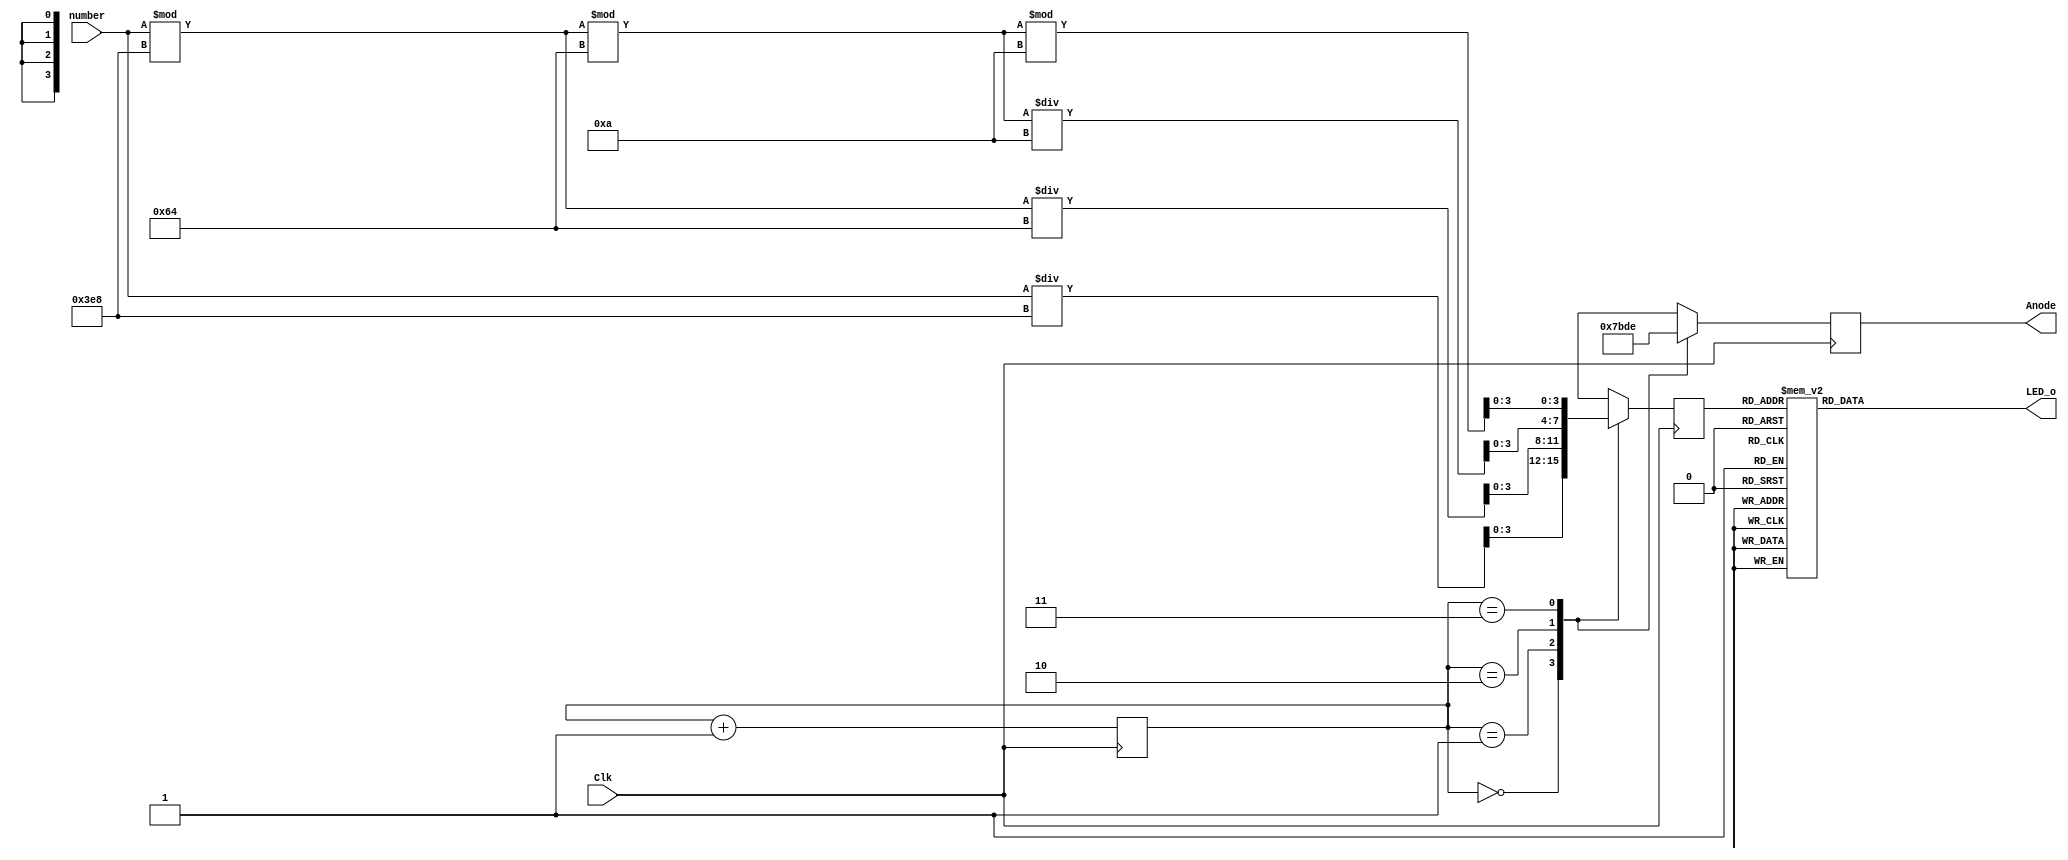
`timescale 1ns / 1ps
/*
Takes a clock signal to set the refresh rate, and a 4 digit decimal number to display
*/

module display_controller(
    input Clk,                  // Refresh Rate Clock signal
    input wire [12:0] number,   // Number to be displayed 
    output reg [3:0] Anode,     // The selection wires which turn on each of the digits on the 7SD in turn for refreshing
    output reg [6:0] LED_o      // The actual wires containing the information to be displayed on each digit of the 7SD
    );
    
    reg [1:0] LED_sel = 2'b00;  // LED Digit selection variable
    reg [3:0] LED_BCD = 0;      // bit coded digit. Holds the bit code for the number to be displayed at a specific digit
    
//    integer numbdisp;
    
    // On each clock pulse the selected display digit is changed from leftmost to rightmose
    // When the digit is changed we need to change the value that will be displayed 
    always @(posedge Clk)
    begin
        LED_sel <= LED_sel + 2'b01;
        
//        numbdisp = number;
        
        case (LED_sel)
        2'b00:begin
            Anode <= 4'b0111; // Selects leftmost digit on 7SD
            LED_BCD <= number/1000; // Isolates leftmost number in 4 digit number passed to the controller
            end
        2'b01:begin
            Anode <= 4'b1011; // Selects digit second from the left on 7SD
            LED_BCD <= (number % 1000)/100; // Isolates number second from the left in 4 digit number passed to the controller
            end
        2'b10:begin
            Anode <= 4'b1101; // Selects digit second from the right on 7SD
            LED_BCD <= ((number % 1000)%100)/10; // Isolates number second from the right in 4 digit number passed to the controller
            end
        2'b11:begin
            Anode <= 4'b1110; // Selects rightmost digit on 7SD
            LED_BCD <= ((number % 1000)%100)%10; // Isolates rightmost number in 4 digit number passed to the controller
            end
        default:begin
            Anode <= 4'b0111; // If there is a hardware error set the leftmost digit to 0 
            LED_BCD <= 4'b0000;
            end
        endcase
    end
    
    // Cathode patterns of the 7-segment LED display 
    always @(*)
    begin
        case(LED_BCD)
        4'b0000: LED_o = 7'b0000001; // "0"     
        4'b0001: LED_o = 7'b1001111; // "1" 
        4'b0010: LED_o = 7'b0010010; // "2" 
        4'b0011: LED_o = 7'b0000110; // "3" 
        4'b0100: LED_o = 7'b1001100; // "4" 
        4'b0101: LED_o = 7'b0100100; // "5" 
        4'b0110: LED_o = 7'b0100000; // "6" 
        4'b0111: LED_o = 7'b0001111; // "7" 
        4'b1000: LED_o = 7'b0000000; // "8"     
        4'b1001: LED_o = 7'b0000100; // "9" 
        default: LED_o = 7'b0000001; // "0"
        endcase
    end
endmodule